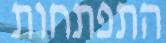
התפתחות